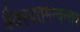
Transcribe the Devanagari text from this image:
वैवस्वतमन्वन्तर